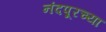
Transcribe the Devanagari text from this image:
नंदपूरच्या